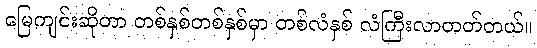
မြေကျင်းဆိုတာ တစ်နှစ်တစ်နှစ်မှာ တစ်လံနှစ် လံကြီးလာတတ်တယ်။